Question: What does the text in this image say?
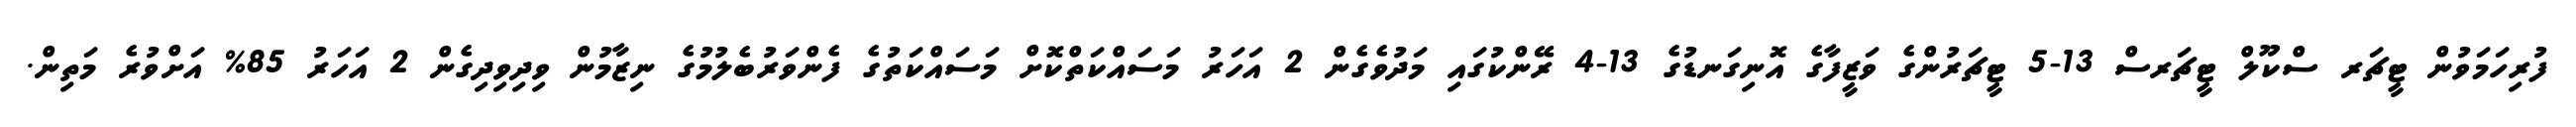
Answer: ފުރިހަމަވުން ޓީޗަރ ސްކޫލް ޓީޗަރސް 13-5 ޓީޗަރުންގެ ވަޒީފާގެ އޮނިގަނޑުގެ 13-4 ރޭންކުގައި މަދުވެގެން 2 އަހަރު މަސައްކަތްކޮށް މަސައްކަތުގެ ފެންވަރުބެލުމުގެ ނިޒާމުން ވިދިވިދިގެން 2 އަހަރު 85% އަށްވުރެ މަތިން.